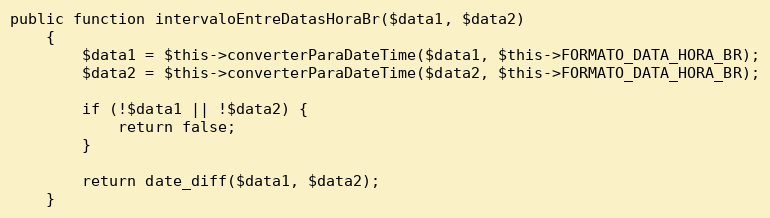
Language: PHP
public function intervaloEntreDatasHoraBr($data1, $data2)
    {
        $data1 = $this->converterParaDateTime($data1, $this->FORMATO_DATA_HORA_BR);
        $data2 = $this->converterParaDateTime($data2, $this->FORMATO_DATA_HORA_BR);

        if (!$data1 || !$data2) {
            return false;
        }

        return date_diff($data1, $data2);
    }